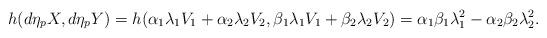
LaTeX: \begin{align*} h(d\eta_pX,d\eta_pY) = h(\alpha_1\lambda_1V_1+\alpha_2\lambda_2V_2,\beta_1\lambda_1V_1+\beta_2\lambda_2V_2) = \alpha_1\beta_1\lambda_1^2 - \alpha_2\beta_2\lambda_2^2.\end{align*}